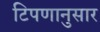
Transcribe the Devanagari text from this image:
टिपणानुसार